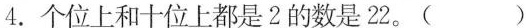
4.个位上和十位上都是2的数是22。( )